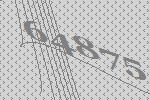
64875